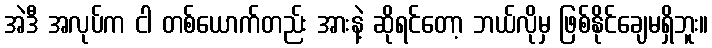
အဲဒီ အလုပ်က ငါ တစ်ယောက်တည်း အားနဲ့ ဆိုရင်တော့ ဘယ်လိုမှ ဖြစ်နိုင်ချေမရှိဘူး။